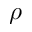
\rho